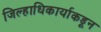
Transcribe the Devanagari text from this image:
जिल्हाधिकार्याकडून